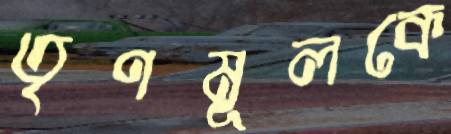
তৃণমূলকে